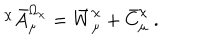
^ \chi \bar { A } _ { \mu } ^ { \Omega _ { \chi } } = \bar { W } _ { \mu } ^ { \chi } + \bar { C } _ { \mu } ^ { \chi } \ .